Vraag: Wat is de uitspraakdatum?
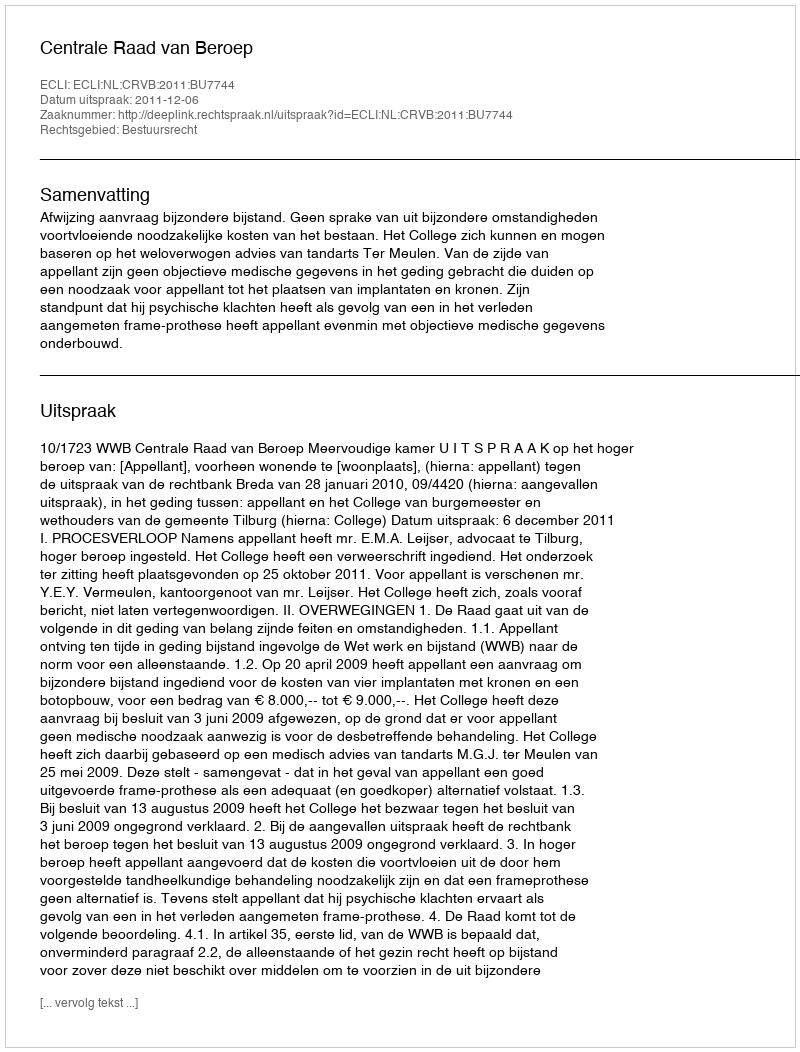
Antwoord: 2011-12-06